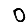
Digit: 0